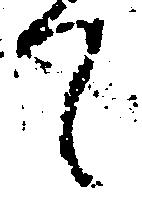
て